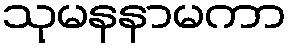
သုမနနာမကာ